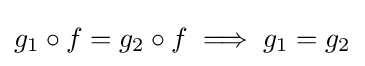
g_{1}\circ f=g_{2}\circ f\implies g_{1}=g_{2}